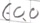
Text: E0.0